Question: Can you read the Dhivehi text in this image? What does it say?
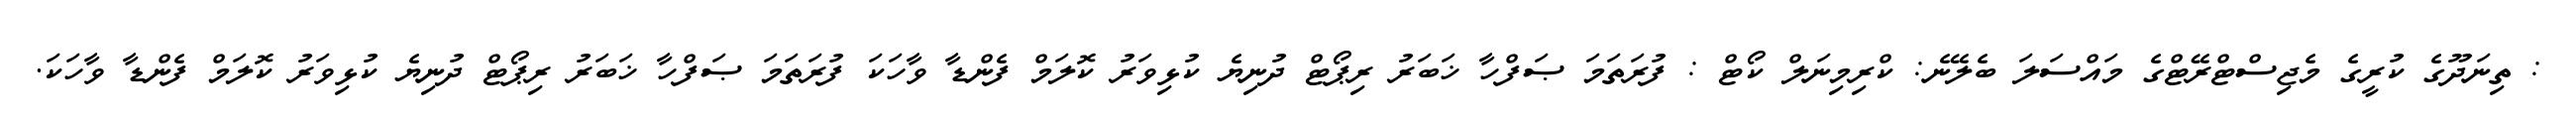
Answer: : ތިނަދޫގެ ކުރީގެ މެޖިސްޓްރޭޓްގެ މައްސަލަ ބެލޭނެ: ކްރިމިނަލް ކޯޓް : ފުރަތަމަ ޞަފްހާ ޚަބަރު ރިޕޯޓް ދުނިޔެ ކުޅިވަރު ކޮލަމް ފެންޑާ ވާހަކަ ފުރަތަމަ ޞަފްހާ ޚަބަރު ރިޕޯޓް ދުނިޔެ ކުޅިވަރު ކޮލަމް ފެންޑާ ވާހަކަ.